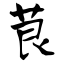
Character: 茛